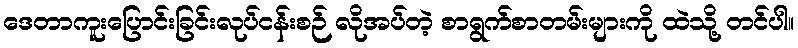
ဒေတာကူးပြောင်းခြင်းလုပ်ငန်းစဉ် လိုအပ်တဲ့ စာရွက်စာတမ်းများကို ထဲသို့ တင်ပါ။